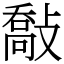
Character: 敽